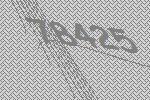
78425